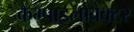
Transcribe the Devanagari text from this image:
कैम्पाइलोबैक्टर